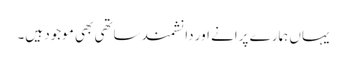
یہاں ہمارے پرانے اور دانشمند ساتھی بھی موجود ہیں۔